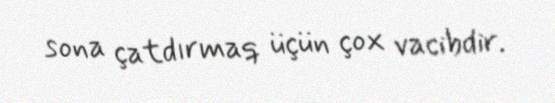
sona çatdırmaq üçün çox vacibdir.